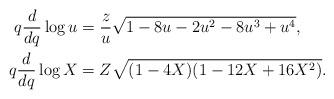
LaTeX: \begin{align*}q\frac{d}{dq}\log{u}&=\frac{z}{u}\sqrt{1-8u-2u^{2}-8u^{3}+u^{4}},\\q\frac{d}{dq}\log{X}&=Z\sqrt{(1-4X)(1-12X+16X^{2})}.\end{align*}